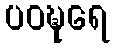
ပဝဍ္ဎရေ